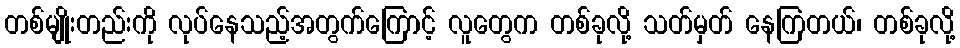
တစ်မျိုးတည်းကို လုပ်နေသည့်အတွက်ကြောင့် လူတွေက တစ်ခုလို့ သတ်မှတ် နေကြတယ်၊ တစ်ခုလို့